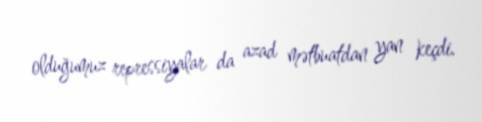
olduğumuz repressiyalar da azad mətbuatdan yan keçdi.